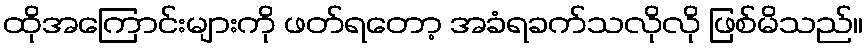
ထိုအကြောင်းများကို ဖတ်ရတော့ အခံရခက်သလိုလို ဖြစ်မိသည်။